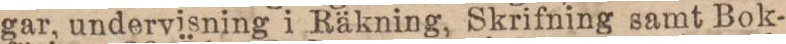
gar, undervisning i Räkning, Skrifning samt Bok-